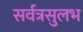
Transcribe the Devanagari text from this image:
सर्वत्रसुलभ